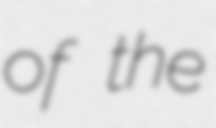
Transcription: of the